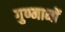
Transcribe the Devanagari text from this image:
गुण्मानों